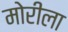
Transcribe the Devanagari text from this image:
मोरीला